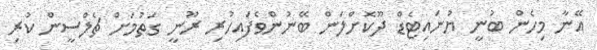
އޭނާ މިހެން ބުނީ ޔުނައިޓެޑް ދޫކޮށްލަން ބޭނުންވެފައިހުރި ރޫނީ ގަތުމަށް ޗެލްސީން ކުރި